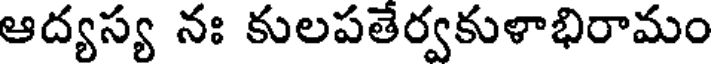
ఆద్యస్య నః కులపతేర్వకుళాభిరామం